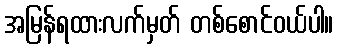
အမြန်ရထားလက်မှတ် တစ်စောင်ဝယ်ပါ။